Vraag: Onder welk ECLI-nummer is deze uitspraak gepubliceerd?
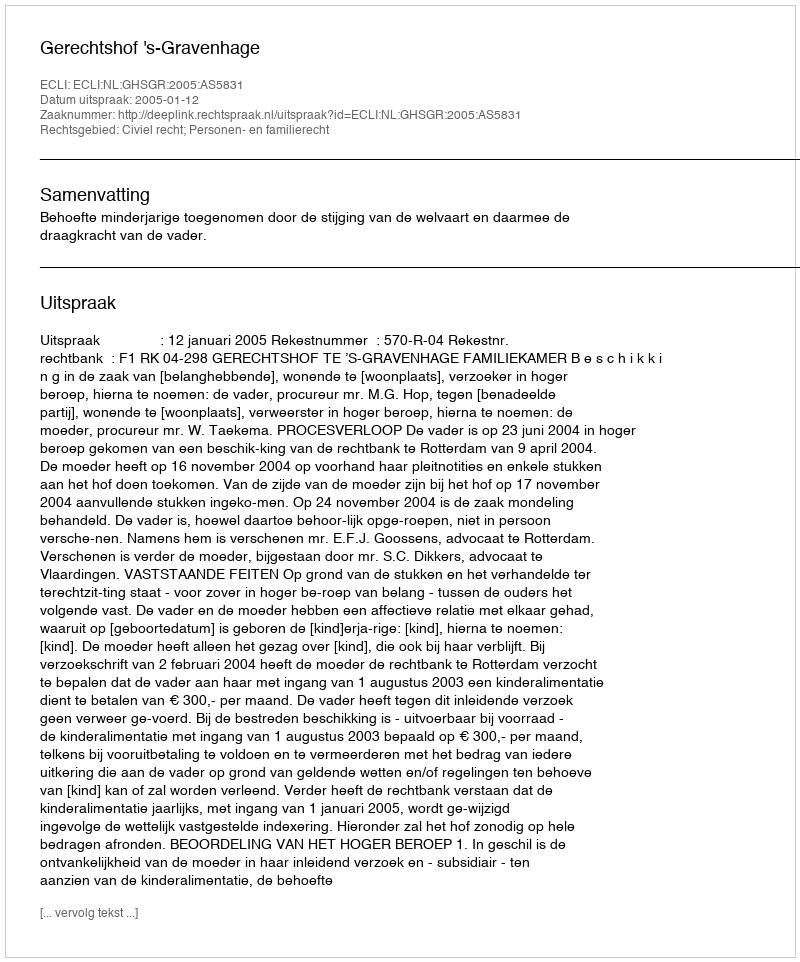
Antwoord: ECLI:NL:GHSGR:2005:AS5831